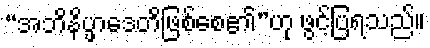
“အဘိနိပ္ဖာဒေတိဖြစ်စေ၏”ဟု ဖွင့်ပြရသည်။